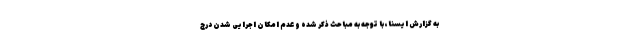
به گزارش ایسنا، با توجه به مباحث ذکر شده و عدم امکان اجرایی شدن درج